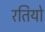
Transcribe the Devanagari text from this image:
रतियो